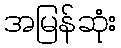
အမြန်ဆုံး